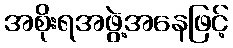
အစိုးရအဖွဲ့အနေဖြင့်